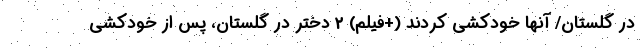
در گلستان/ آنها خودکشی کردند (+فیلم) 2 دختر در گلستان، پس از خودکشی